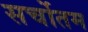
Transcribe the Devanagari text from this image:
सर्चोतम